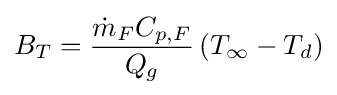
B_{T}={\frac {{\dot {m}}_{F}C_{p,F}}{Q_{g}}}\left(T_{\infty }-T_{d}\right)